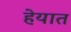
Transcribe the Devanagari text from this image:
हेयात